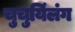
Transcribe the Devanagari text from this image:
चुचुयिंलंग